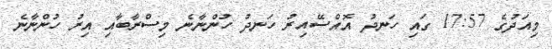
މިއަދުގެ 17:57 ގައި ހަނދު އޮއްސޭއިރު ހަނދު ހުންނާނެ މިސްރާބާއި އިރު ހުންނާނެ